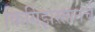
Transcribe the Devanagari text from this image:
किर्गिझस्तानचे